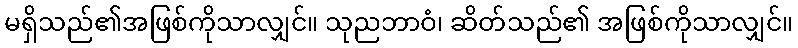
မရှိသည်၏အဖြစ်ကိုသာလျှင်။ သုညဘာဝံ၊ ဆိတ်သည်၏ အဖြစ်ကိုသာလျှင်။